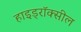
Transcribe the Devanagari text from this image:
हाइड्रॉक्सील